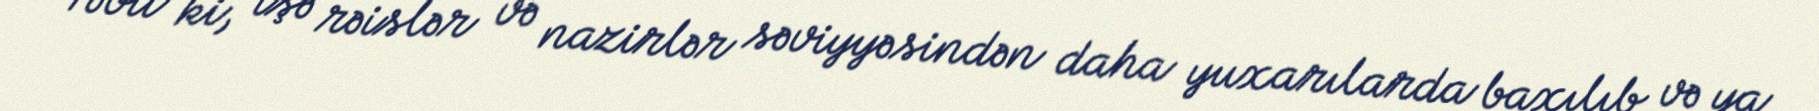
Təbii ki, işə rəislər və nazirlər səviyyəsindən daha yuxarılarda baxılıb və ya